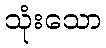
သုံးသော